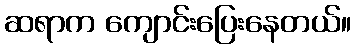
ဆရာက ကျောင်းပြေးနေတယ်။